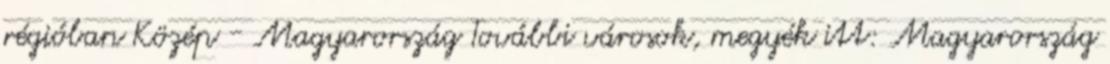
régióban Közép - Magyarország További városok, megyék itt: Magyarország